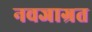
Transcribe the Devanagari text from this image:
नवजाग्रत